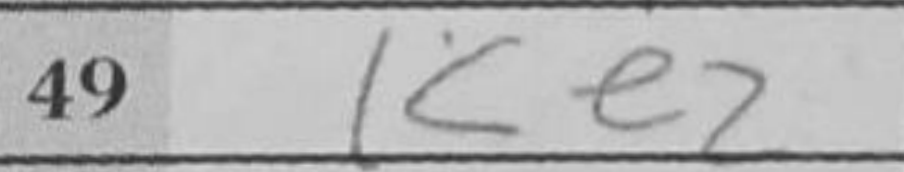
Transcription: Ke2